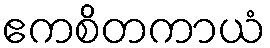
ဧကစိတကာယံ